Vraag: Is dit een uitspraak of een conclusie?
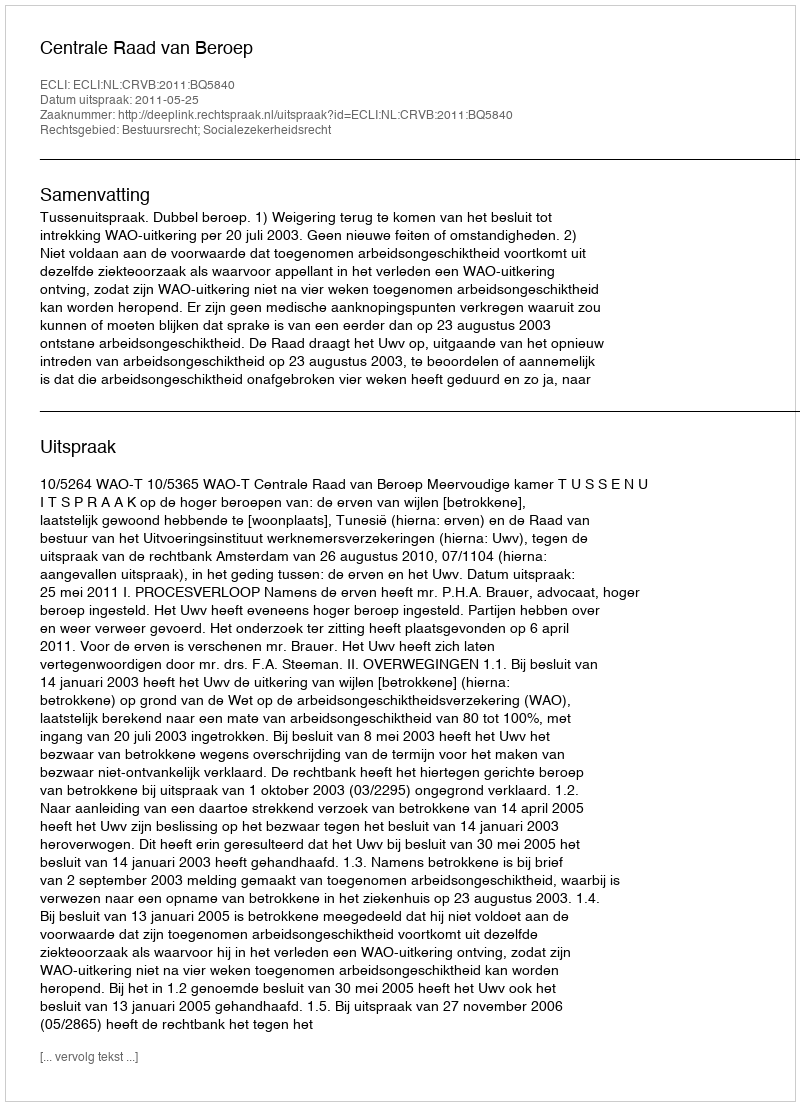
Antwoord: Uitspraak